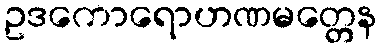
ဥဒကောရောဟဏမတ္တေန